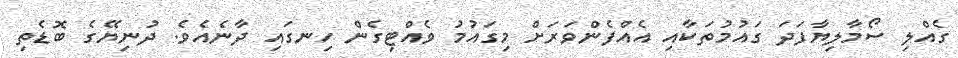
ގެއްލި ސޯމާލިޔާފަދަ ގައުމުތަކާއި އެއްފެންވަރަށް މިގައުމު ވެއްޓިގެން ހިނގައި ދާނެއެވެ. ދުނިޔޭގެ ބޮޑެތި